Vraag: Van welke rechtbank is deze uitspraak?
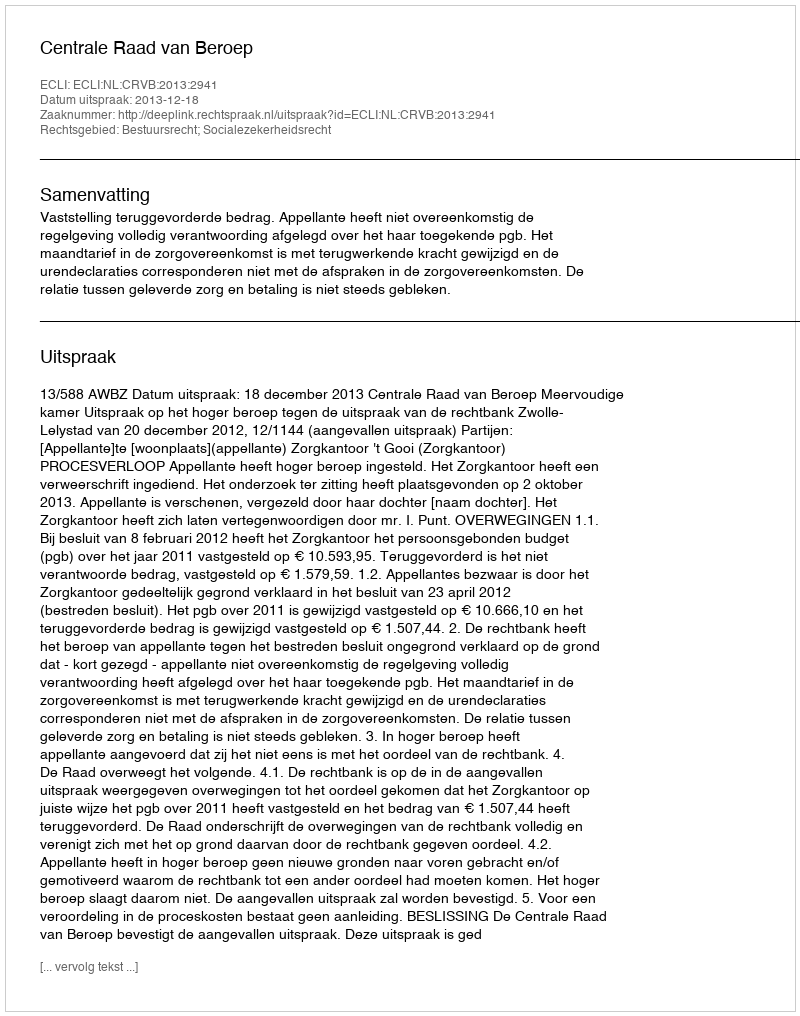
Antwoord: Centrale Raad van Beroep